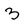
Character: 3